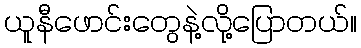
ယူနီဖောင်းတွေနဲ့လို့ပြောတယ်။